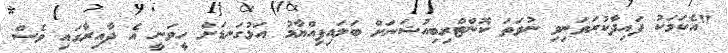
"އެކަމަކު ފައިދާކުރަވަނިވި ނުވަތަ ކޮންޓްރިބިއުޝަނަށް ބަލައިފިއްޔާމު އަޅުގަނޑަށް ހީވަނީ އެ ދާއިރާގައި ވެސް